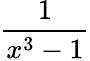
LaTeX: \frac{1}{x^{3}-1}